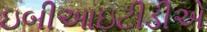
ઇબીઆઇટીડીએ